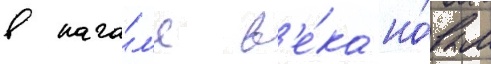
в нача́л'е в'е́ка но́вым